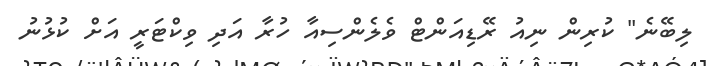
ލިބޭނެ" ކުރިން ނިއު ރޭޑިއަންޓް ވެލެންސިއާ ހުރާ އަދި ވިކްޓަރީ އަށް ކުޅުނު